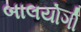
બાલયોગી